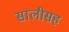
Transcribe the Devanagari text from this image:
सालीसह